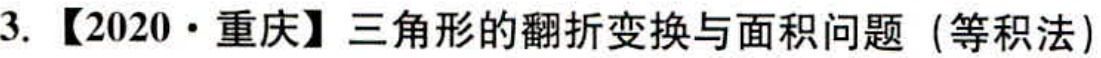
3. 【2020·重庆】三角形的翻折变换与面积问题（等积法）